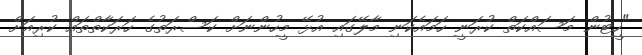
"ހީޓުން މަސައްކަތް ކުރަނީ ހަމައެކަނި މާލޭގައި އުޅޭ މީހުންނަށް ކަސްރަތުގެ ހަރަކާތްތައް ކުރިއަށް